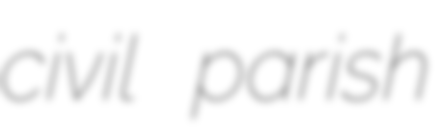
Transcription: civil parish